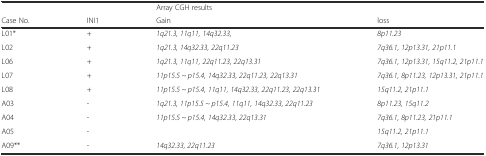
|  |  | <COLSPAN=2> Array CGH results |
 | Case No. | INI1 | Gain | loss |
 | --- | --- | --- | --- |
 | L01* | + | 1q21.3, 11q11, 14q32.33, | 8p11.23 |
 | L02 | + | 1q21.3, 14q32.33, 22q11.23 | 7q36.1, 12p13.31, 21p11.1 |
 | L06 | + | 1q21.3, 11q11, 22q11.23, 22q13.31 | 7q36.1, 12p13.31, 15q11.2, 21p11.1 |
 | L07 | + | 11p15.5 ~ p15.4, 14q32.33, 22q11.23, 22q13.31 | 7q36.1, 8p11.23, 12p13.31, 21p11.1 |
 | L08 | + | 11p15.5 ~ p15.4, 11q11, 14q32.33, 22q11.23, 22q13.31 | 15q11.2, 21p11.1 |
 | A03 | - | 1q21.3, 11p15.5 ~ p15.4, 11q11, 14q32.33, 22q11.23 | 8p11.23, 15q11.2 |
 | A04 | - | 11p15.5 ~ p15.4, 14q32.33, 22q13.31 | 7q36.1, 8p11.23, 21p11.1 |
 | A05 | - |  | 15q11.2, 21p11.1 |
 | A09** | - | 14q32.33, 22q11.23 | 7q36.1, 12p13.31 |